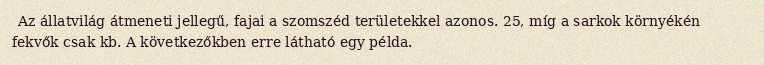
Az állatvilág átmeneti jellegű, fajai a szomszéd területekkel azonos. 25, míg a sarkok környékén fekvők csak kb. A következőkben erre látható egy példa.